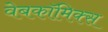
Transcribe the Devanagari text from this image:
वेबकाॅमिक्स